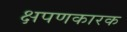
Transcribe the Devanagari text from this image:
क्षपणकारक